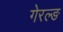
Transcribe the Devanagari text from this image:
गेरल्ङ